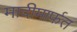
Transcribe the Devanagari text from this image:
मादीमार्फत